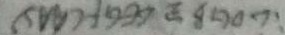
\therefore \Delta D G B = \Delta C E G ( A A S )